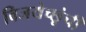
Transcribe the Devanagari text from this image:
विजयेच्छूंची